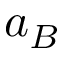
a _ { B }